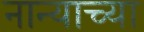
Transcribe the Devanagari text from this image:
नान्याच्या